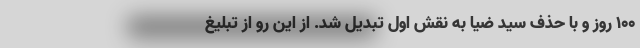
100 روز و با حذف سید ضیا به نقش اول تبدیل شد. ‌از این رو از تبلیغ